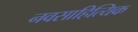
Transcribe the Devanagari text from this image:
नवसाहित्यिक